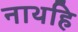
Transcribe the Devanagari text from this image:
नाथहि